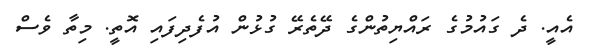
އެއީ. ދެ ގައުމުގެ ރައްޔިތުންގެ ދޭތެރޭ ގުޅުން އުފެދިފައި އޮތީ. މިތާ ވެސް